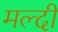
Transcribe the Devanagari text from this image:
मल्दी